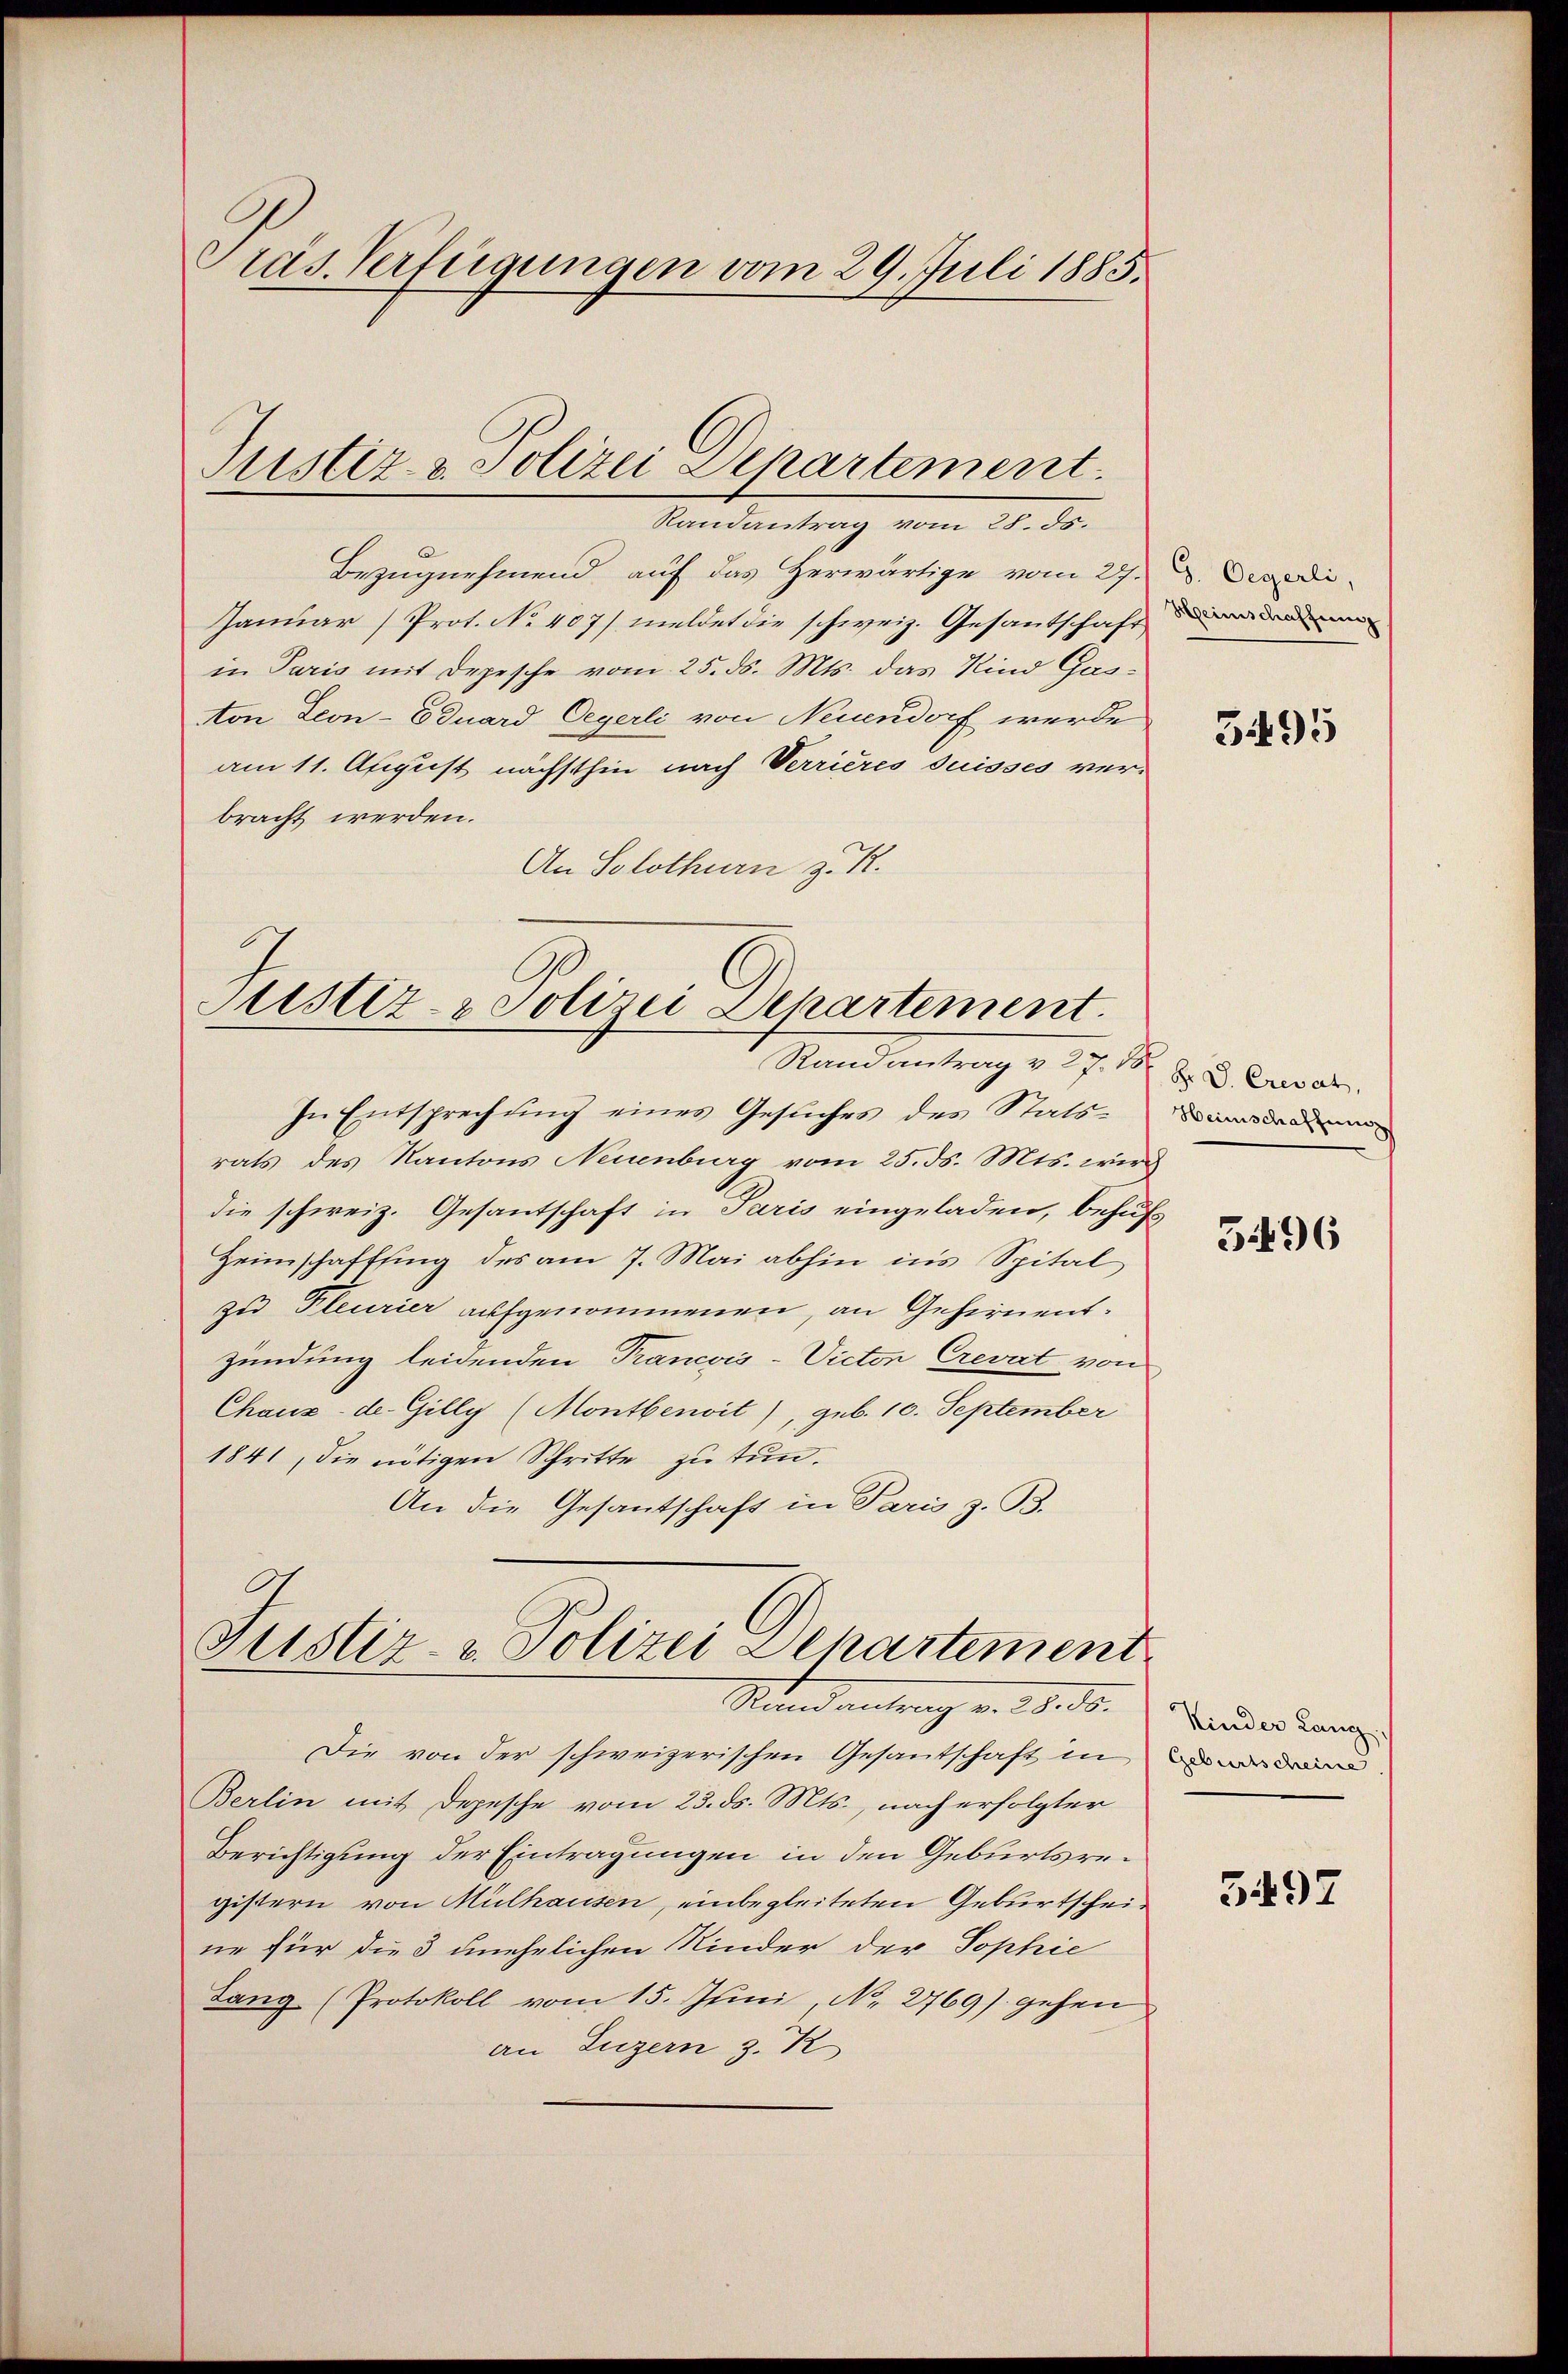
Präs. Verfügungen vom 29. Juli 1885.

Randantrag vom 28. ds.
Bezugnehmend auf das Herwärtige vom 27. u. Deredi
Januar) Prot. No 407) meldet die schweiz. Gesandtschaft der
in Paris mit Depesche vom 25. ds. Mts. das Kind Gas¬
Non Leon-Eduard Oeyerli von Neuendorf werde
am 11. August nächsthin nach Verrieres Suisses verbracht werden.
An Solothurn z. R.

Justiz- & Polizei-Departement.

Justiz- & Polizei Departement.
Randantrag v. 27. 18. d. Erwar

Stand antrag v. 3. ds.

In Entsprechung eines Gesuches des Stats dadu
rats des Kantons Neuenburg vom 25. ds. Mts. wird
die schweiz. Gesantschaft in Paris eingeladen, behufs
Heimschaftsing des am 7. Mai abhin ins Spital
zu Pleurier aufgenommenen, an Gehirnent.
zündung leidenden Trancois-Victor Crevat von
Chaux-de. Gilly (Montbenwit), geb. 10. September
1841, die nötigen Schritte zu tun.
An die Gesantschaft in Paris z. B.
Justiz- & Polizei Departement

Die von der schweizerischen Gesantschaft in de
Berlin mit Depesche vom 23. ds. Mts., nach erfolgter
Berichtigung der Eintragungen in den Geburtsregistern von Mülhausen, einbegleiteten Geburtscheine für die 3 unehelichen Kinder der Sophie
Lang (Protokoll vom 15. Juni, No. 2769) gehen
an Luzern z. K

3495

3496

Kinder Lang,

5497